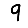
Digit: 9